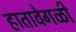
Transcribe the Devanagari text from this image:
हातावेगळी